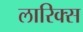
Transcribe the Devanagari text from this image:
लारिक्स